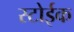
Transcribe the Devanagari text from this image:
स्टोईक